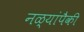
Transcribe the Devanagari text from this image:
नळ्यांपैकी